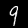
Digit: 9